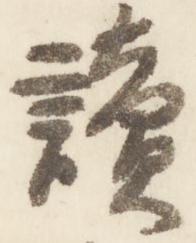
読